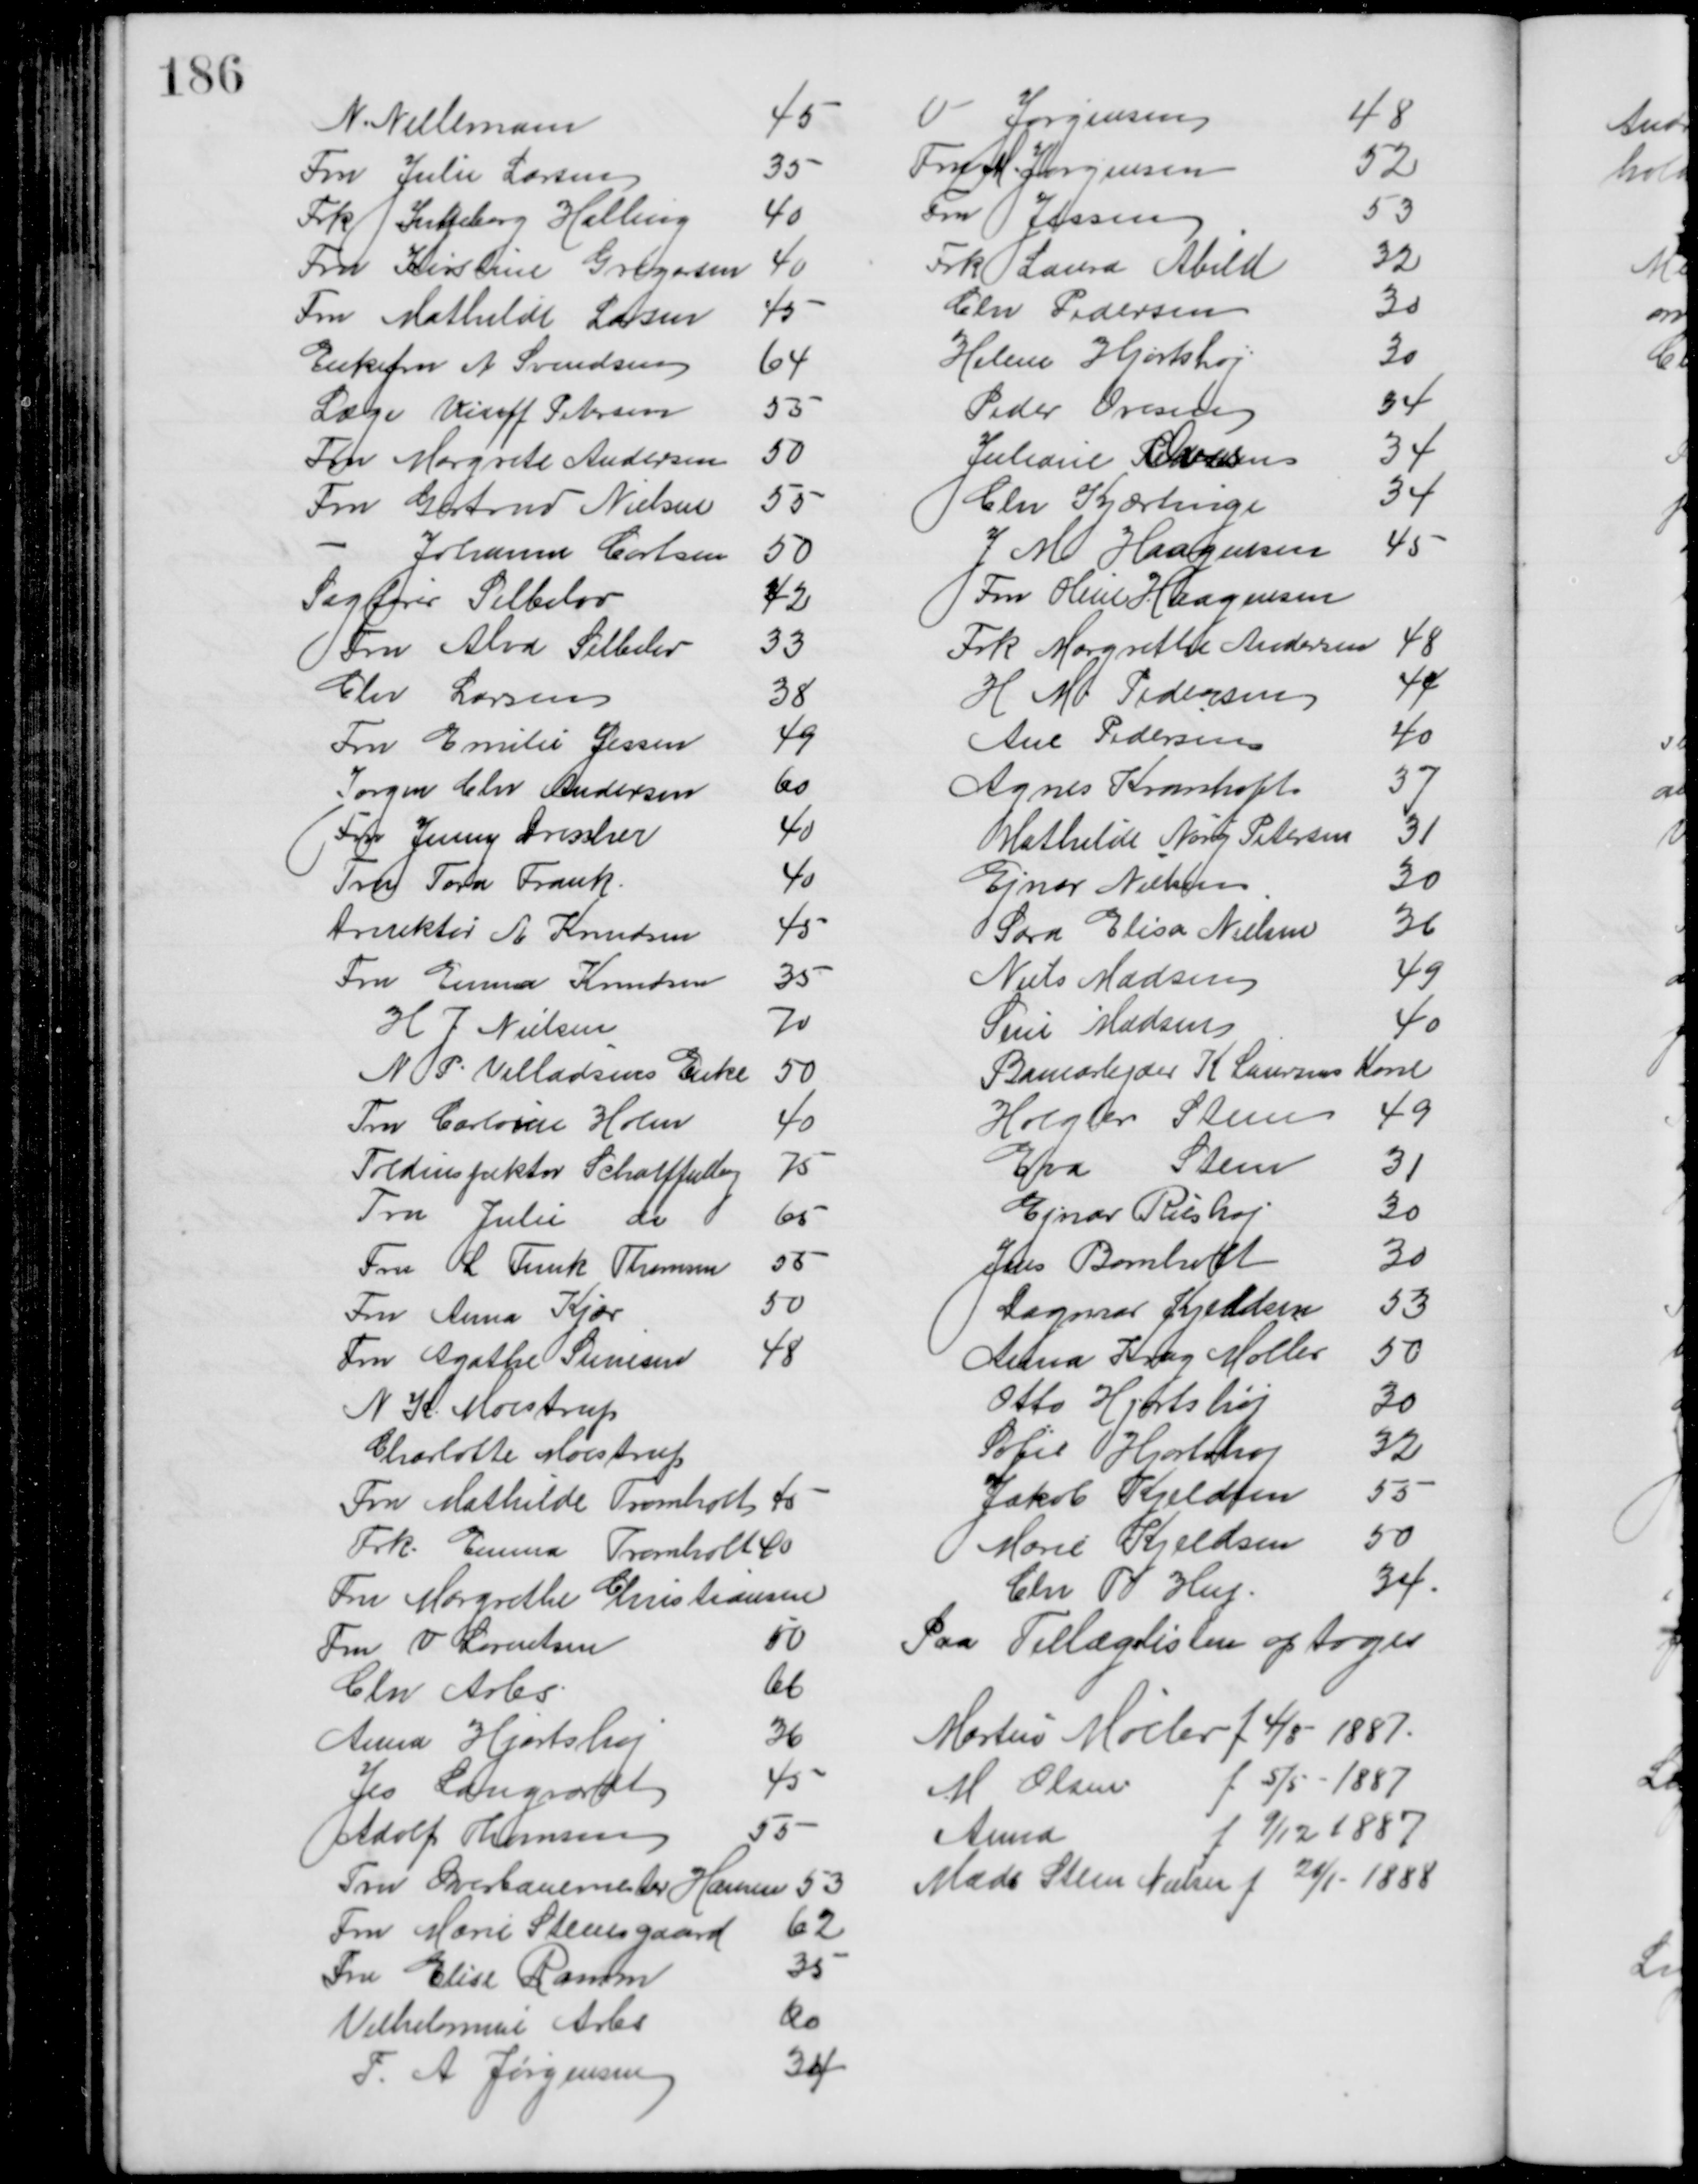
Transskription:
N. Nellemann
45
Fru Julie Larsen
35
Frk Ingeborg Halling
40
Fru Kirstine Gregesen
40
Fru Mathilde Larsen
45
Enkefru A. Svendsen
64
Læge Wiuff Petersen
55
Fru Margrete Andersen
50
Fru Gertrud Nielsen
55
Johanne Carlsen
50
Sagfører Sebbelov
42
Fru Alva Sebbelov
33
Chr Larsen
38
Fru Emilie Jessen
49
Jørgen Chr Andersen
60
Fru Jenny Drescher
40
Fru Tora Frank
40
Drirektør A. Knudsen
45
Fru Emma Knudsen
35
H. J. Nielsen
70
N. P. Villadsens Enke
50
Fru Caroline Holm
40
Toldinspektør Scharffenberg
75
Fru Julie do
65
Fru L Funk Thomsen
55
Fru Anna Kjær
50
Fru Agathe Simesen
48
N. K. Moestrup
Charlotte Moestrup
Fru Mathilde Tromholt 45
Frk. Emma Tromholt 40
Fru Margrethe Christiansen
Fru V. Lorentsen
50
Chr Arbs
66
Anna Hjortshøj
36
Jes Langvardt
45
Adolf Thomsen
55
Fru Overbanemester Hansen
53
Fru Marie Steensgaard
62
Fru Elise Ramm
35
Vilhelmine Arbs
60
F. A. Jørgensen
34

V Jørgensen
48
Fru M. Jørgensen
52
Fru Jessen
53
Frk Laura Abild
32
Chr Pedersen
30
Helene Hjortshøj
30
Peder Ovesen
34
Juliane Petersen Ovesen
34
Chr Kjærtinge
34
J M Haagesen
45
Fru Oline Haagensen
Frk Margrethe Andersen
48
H M Pedersen
44
Ane Pedersen
40
Agnes Kramhøft
37
Mathilde Nørg Petersen
31
Ejnar Nielsen
30
Sara Elisa Nielsen
36
Niels Madsen
49
Sine Madsen
40
Banearbejder K. Laursens Kone
Holger Steen
49
Eva Steen
31
Ejnar Riishøj
30
Jens Bomholt
30
Dagmar Kjeldsen
53
Anna Krag Møller
50
Otto Hjortshøj
30
Sofie Hjortshøj
32
Jakob Kjeldsen
55
Marie Kjeldsen
50
Chr T Hey
34
Paa Tillægslisten optoges
Morten Møller f 4/8 - 1887.
M Olsen
f 5/5 - 1887
Anna
f 9/12 1887
Mads Steen Nielsen f 21/1 - 1888